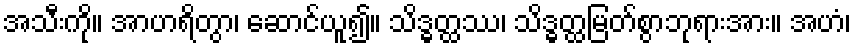
အသီးကို။ အာဟရိတွာ၊ ဆောင်ယူ၍။ သိဒ္ဓတ္ထဿ၊ သိဒ္ဓတ္ထမြတ်စွာဘုရားအား။ အဟံ၊